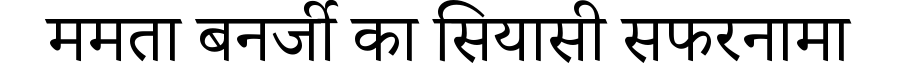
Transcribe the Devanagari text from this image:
ममता बनर्जी का सियासी सफरनामा